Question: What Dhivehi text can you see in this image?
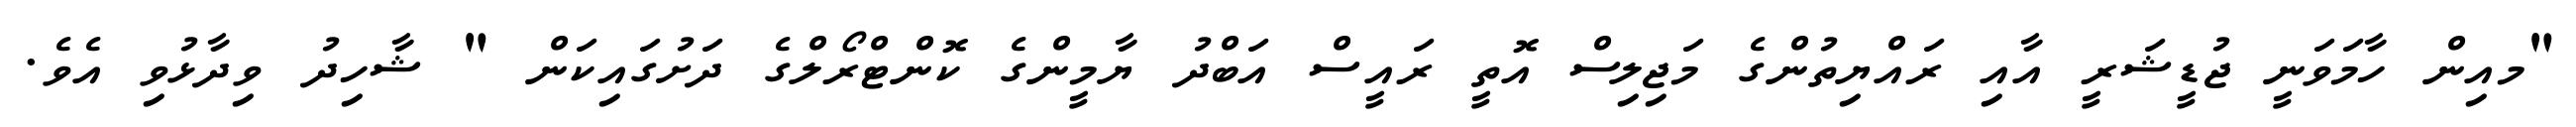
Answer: "މއިން ހާމަވަނީ ޖުޑީޝަރީ އާއި ރައްޔިތުންގެ މަޖިލިސް އޮތީ ރައީސް އަބްދު ޔާމީންގެ ކޮންޓްރޯލްގެ ދަށުގައިކަން " ޝާހިދު ވިދާޅުވި އެވެ.